Indian journal of veterinary science and animal husbandry - Volume 5,
Year: 1935
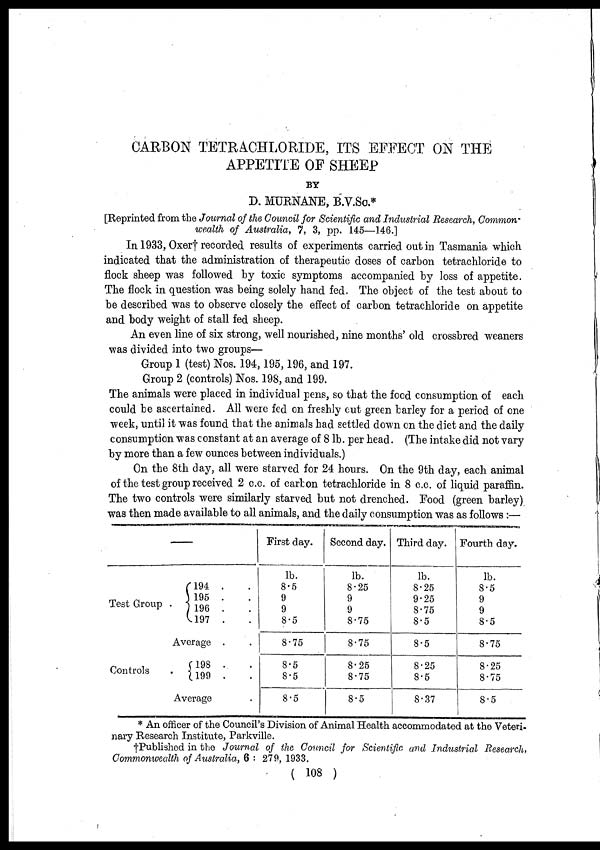
CARBON TETRACHLORIDE, ITS EFFECT ON THE
APPETITE OF SHEEP
BY
D. MURNANE, B.V.Sc.*
[Reprinted from the Journal of the Council for Scientific and Industrial Research, Common-
wealth of Australia, 7, 3, pp. 145—146.]
In 1933, Oxer† recorded results of experiments carried out in Tasmania which
indicated that the administration of therapeutic doses of carbon tetrachloride to
flock sheep was followed by toxic symptoms accompanied by loss of appetite.
The flock in question was being solely hand fed. The object of the test about to
be described was to observe closely the effect of carbon tetrachloride on appetite
and body weight of stall fed sheep.
An even line of six strong, well nourished, nine months' old crossbred weaners
was divided into two groups—
Group 1 (test) Nos. 194,195,196, and 197.
Group 2 (controls) Nos. 198, and 199.
The animals were placed in individual pens, so that the food consumption of each
could be ascertained. All were fed on freshly cut green barley for a period of one
week, until it was found that the animals had settled down on the diet and the daily
consumption was constant at an average of 8 lb. per head. (The intake did not vary
by more than a few ounces between individuals.)
On the 8th day, all were starved for 24 hours. On the 9th day, each animal
of the test group received 2 c.c. of carbon tetrachloride in 8 c.c. of liquid paraffin.
The two controls were similarly starved but not drenched. Food (green barley)
was then made available to all animals, and the daily consumption was as follows :—
—
Test Group
Controls
194 . .
195 . .
196 . .
197 . .
Average . .
198 . .
199 . .
Average .
First day.
lb.
8.5
9
9
8.5
8.75
8.5
8.5
8.5
Second day.
lb.
8.25
9
9
8.75
8.75
8.25
8.75
8.5
Third day.
lb.
8.25
9.25
8.75
8.5
8.5
8.25
8.5
8.37
Fourth day.
lb.
8.5
9
9
8.5
8.75
8.25
8.75
8.5
* An officer of the Council's Division of Animal Health accommodated at the Veteri-
nary Research Institute, Parkville.
†Published in the Journal of the Council for Scientific and Industrial Research,
Commonwealth of Australia, 6 : 279, 1933.
( 108 )